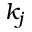
k _ { j }